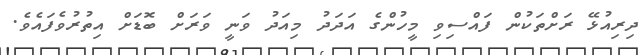
ދިރިއުޅޭ ރަށްތަކުން ފައްސިވި މީހުންގެ އަދަދު މިއަދު ވަނީ ވަރަށް ބޮޑަށް އިތުރުވެފައެވެ.